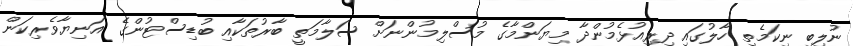
ނުލިބި ނިކަމެތި ހާލުގައި ދިރިއުޅެމުންދާ މިޔަންމާގެ މުސްލިމުންނަށް ސަލާމަތީ ބާރުތަކާއި ބުޑިސްޓުންގެ އަނިޔާވެރިކަން